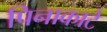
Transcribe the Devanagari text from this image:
पिनाकाटे